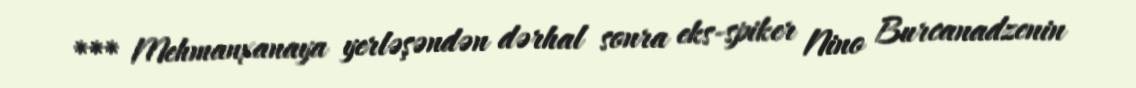
*** Mehmanxanaya yerləşəndən dərhal sonra eks-spiker Nino Burcanadzenin